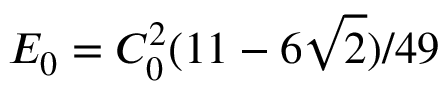
E _ { 0 } = C _ { 0 } ^ { 2 } ( 1 1 - 6 \sqrt { 2 } ) / 4 9